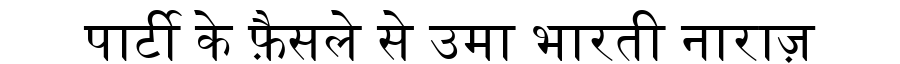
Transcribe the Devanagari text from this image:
पार्टी के फ़ैसले से उमा भारती नाराज़